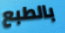
بالطبع